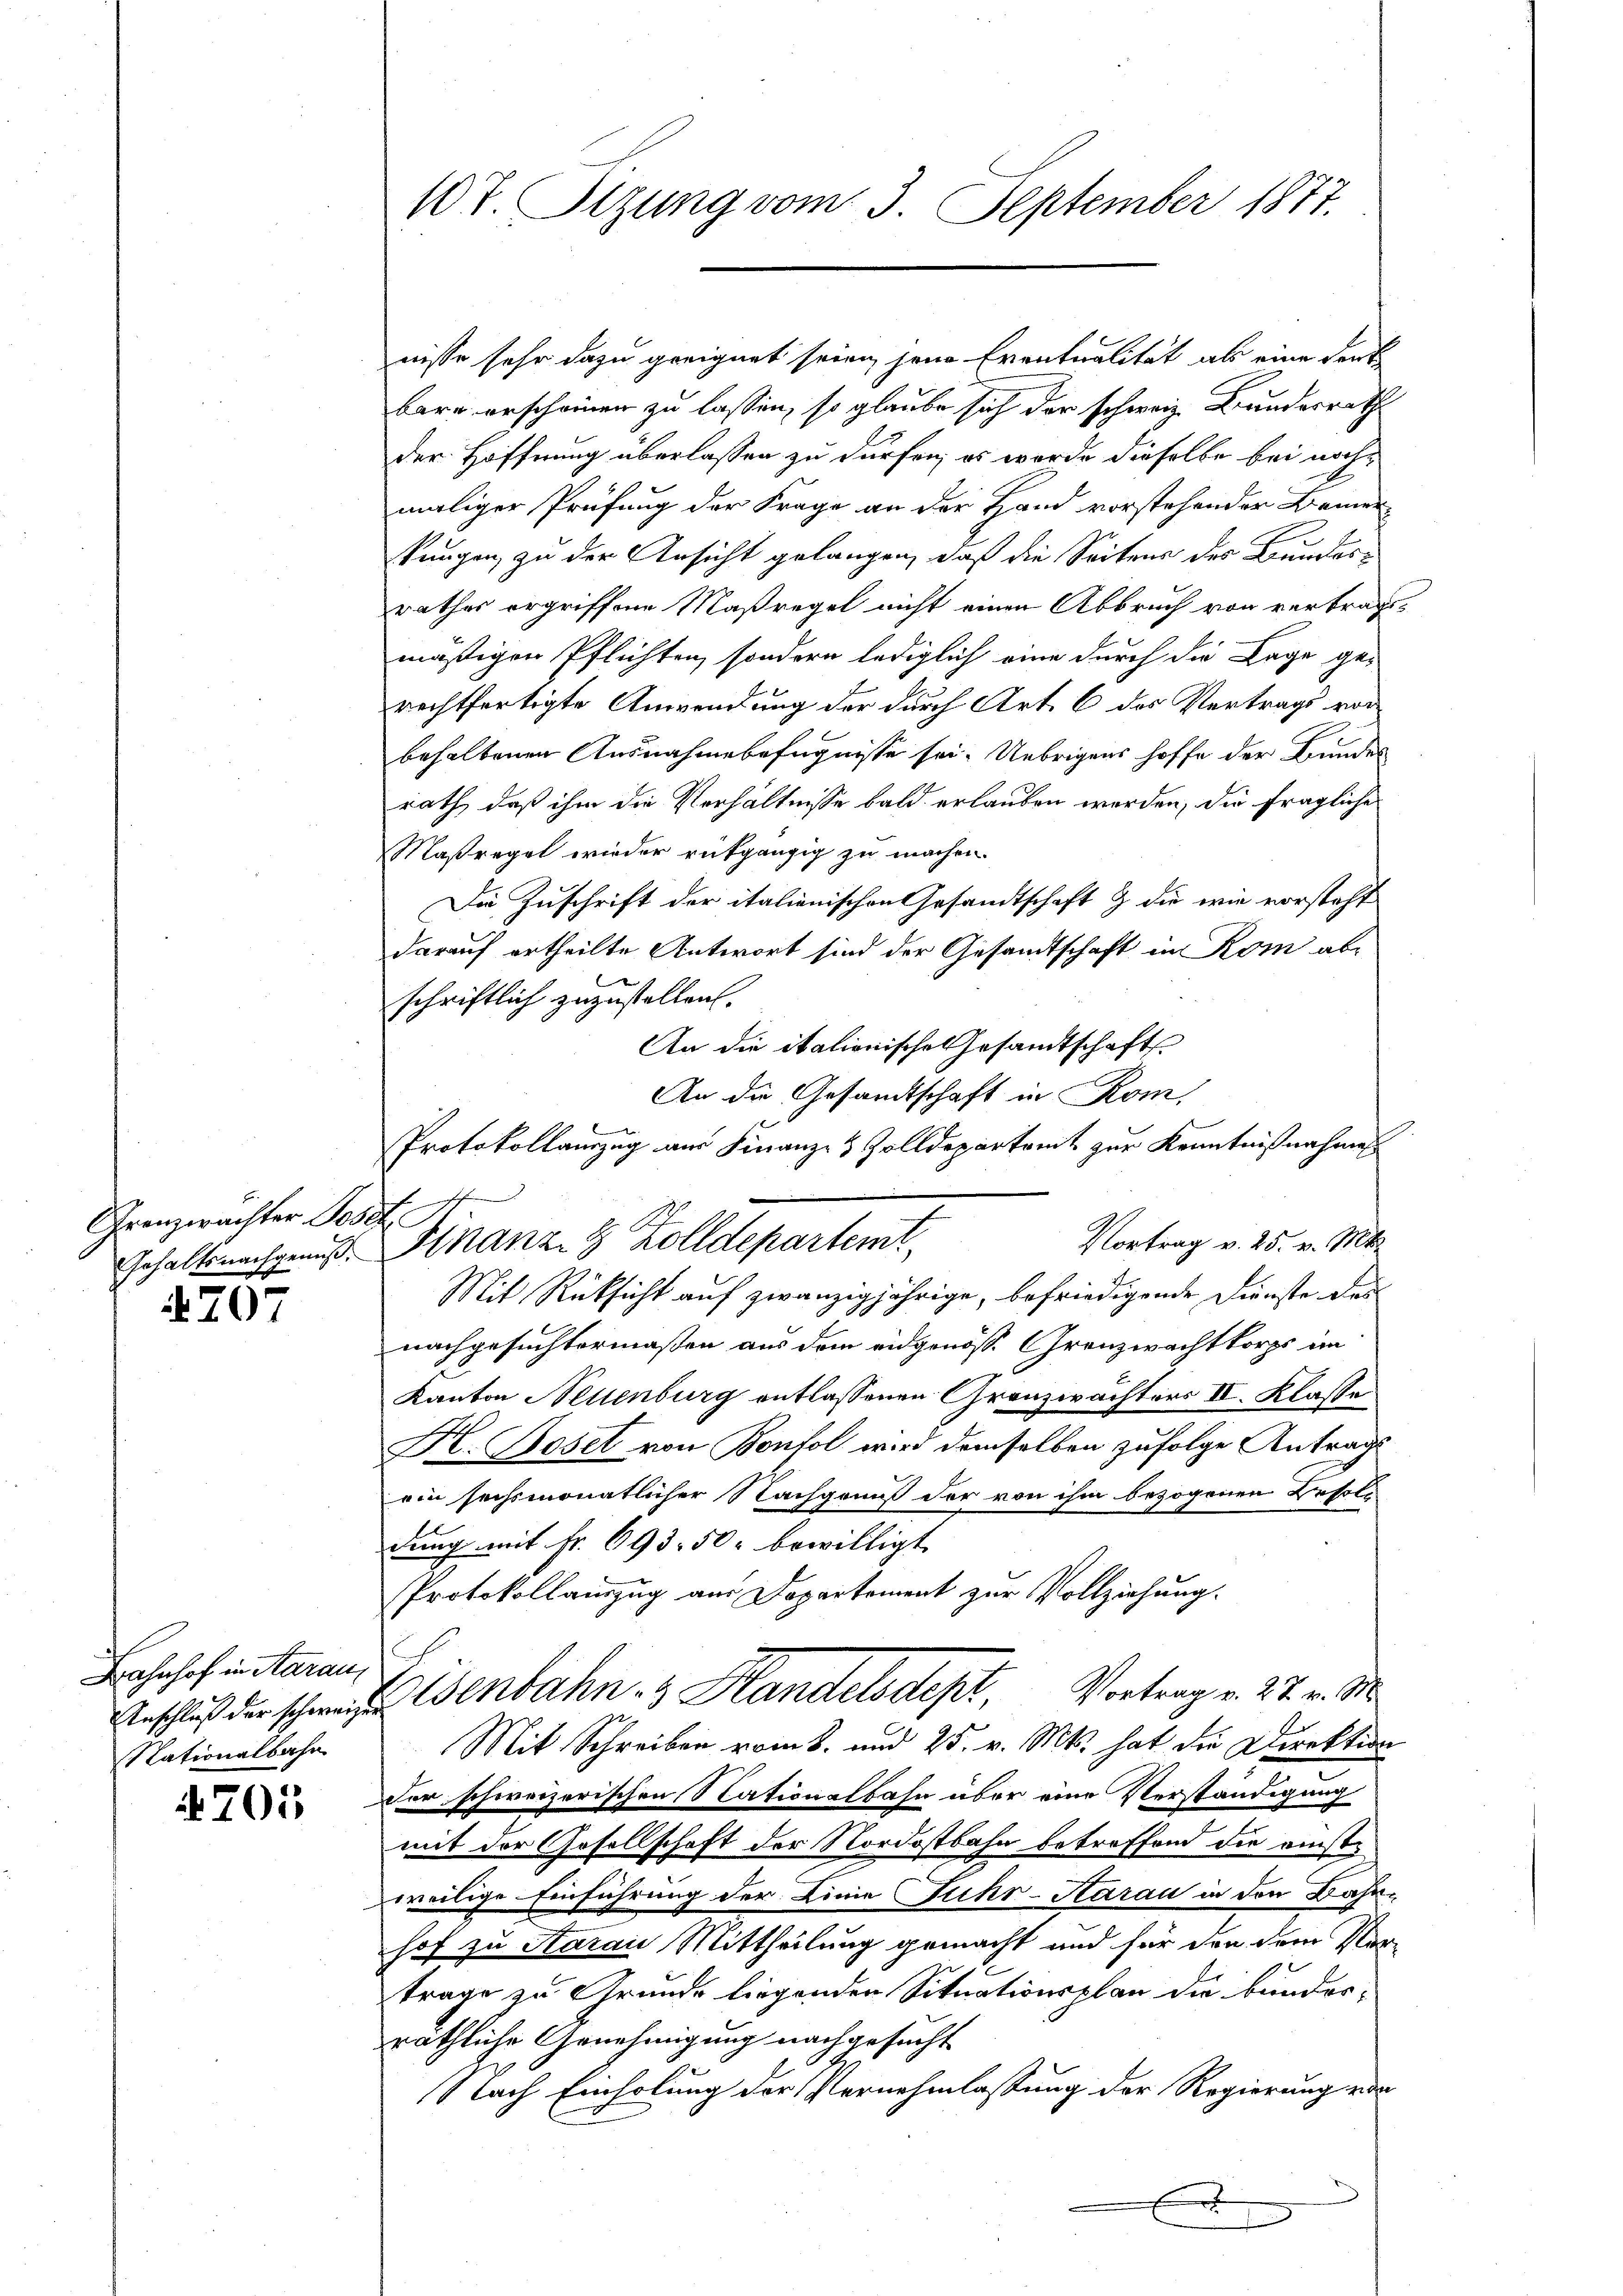
Granzwächter Jos

4707

Bahnhof in Aarau
Nationalbahn

4705

107. Sizung vom 3. September 1877.

c
Gehaltsnachgenuß Stranz 8 Zolldepartemt.

nisse sehr dazu geeignet seien, jene Eventualität als eine deut
barn erscheinen zu lassen, so glaube sich der schweiz. Bundesrath
der Hoffnung überlassen zu dürfen; es werde dieselbe bei nachmaliger Prüfung der Frage an der Hand vorstehender Bemerkungen, zu der Ansicht gelangen, daß die Seitens des Bundesrathes ergriffene Maßregel nicht einen Abbruch von verbrachtmäßigen Pflichten, sondern lediglich eine durch die Lage ge-
rechtfertigte Anwendung der durch Art. 6 des Vertrags vor
behaltenen Ausnahmebefugnisse sei. Uebrigens hoffe der Bundes
rath, daß ihm die Verhältnisse bald erlauben werden, die fragliche
Maßregel wieder rückgängig zu machen.
Die Zuschrift der italienischen Gesandtschaft & die wie vorsteht
darauf ertheilte Antwort sind der Gesandtschaft in Rom ab-
schriftlich zuzustellen.
An die italionische Gesandtschaft
An die Gesandtschaft in Rom,
.
Protokollauszug aus Finanz- & Zolldepartamt zur Kenntnißnahmes
Vortrag v. 25. v. Mt
Mit Rücksicht auf zwanzigjährige, befriedigende Dienste des
nachgesuchtermaßen aus dem eidgenöss. Grenzwachtkorps im
Kanton Nellenburg entlassenen Granzwächters II. Klasse
I
Jr. Bosel von Bonfol wird demselben zufolge Antrags
ein sechsmonatlicher Nachgenuß der von ihm bezogenen Besold
dung mit Fr. 693. 50 bewilligt
Protokollauszug aus Departement zur Vollziehung.
Anschluß der schonenbahn - Handelsdept, Vortrag v. 27. v. M.
Mit Schreiben vom 8. und 25. v. Mts. hat die Direktion
Der schweizerischen Nationalbahn über eine Verständigung
mit der Gesellschaft der Nordostbahn betreffend der einstweilige Einführung der Linie Fuhr-Aarau in den Bahn-
hof zu Aarau Mittheilung gemacht und für den dem Vertrage zu Grunde liegenden Situationsplan die bunderräthliche Genehmigung nachgesucht
Nach Einholung der Vernehmlassung der Regierung von

t